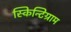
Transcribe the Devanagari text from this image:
स्किन्टिग्राम